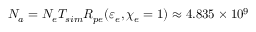
N _ { a } = N _ { e } T _ { s i m } R _ { p e } ( \varepsilon _ { e } , \chi _ { e } = 1 ) \approx 4 . 8 3 5 \times 1 0 ^ { 9 }